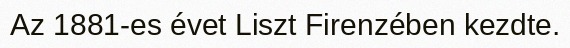
Az 1881-es évet Liszt Firenzében kezdte.